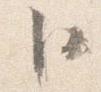
卜